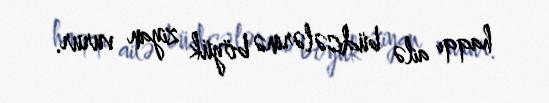
haqqı ailə büdcələrinə böyük ziyan vurur.